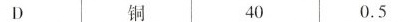
D 铜 40 0.5